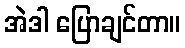
အဲဒါ ပြောချင်တာ။